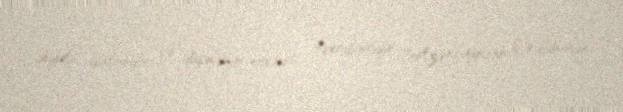
deyil, yalandır və düşmənin növbəti təxribatıdır: "Azərbaycan Ordusunun